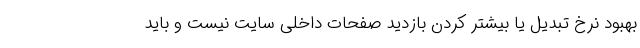
بهبود نرخ تبدیل یا بیشتر کردن بازدید صفحات داخلی سایت نیست و باید